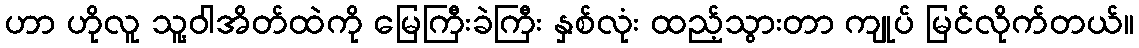
ဟာ ဟိုလူ သူ့ဝါအိတ်ထဲကို မြေကြီးခဲကြီး နှစ်လုံး ထည့်သွားတာ ကျုပ် မြင်လိုက်တယ်။